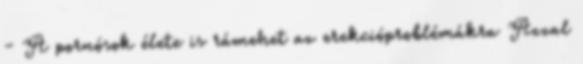
- A pornósok élete is rámehet az erekcióproblémákra Azzal